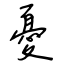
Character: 憂